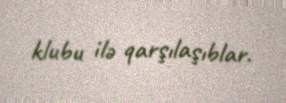
klubu ilə qarşılaşıblar.